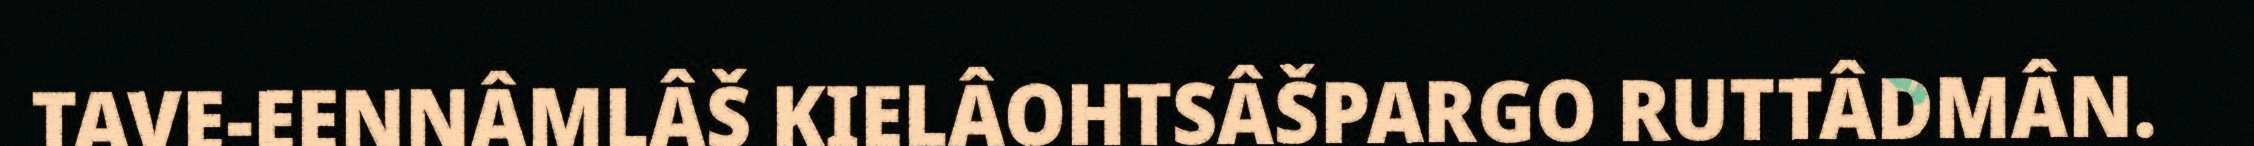
TAVE-EENNÂMLÂŠ KIELÂOHTSÂŠPARGO RUTTÂDMÂN.